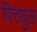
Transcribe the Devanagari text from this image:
पित्तयुक्त